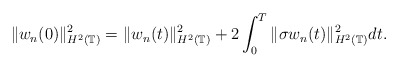
\begin{align*} \|w_n(0)\|_{H^2(\mathbb{T})}^{2}= \|w_n(t)\|_{H^2(\mathbb{T})}^{2} + 2\int_{0}^{T} \|\sigma w_n(t)\|_{H^2(\mathbb{T})}^{2}dt.\end{align*}